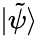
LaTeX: |\tilde{\psi}\rangle